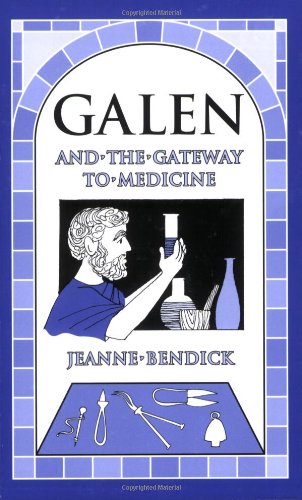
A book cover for Galen and the Gateway to Medicine (Living History Library); Jeanne Bendick; Medical Books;